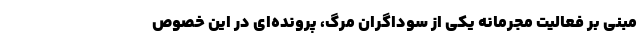
مبنی بر فعالیت مجرمانه یکی از سوداگران مرگ، پرونده‌ای در این خصوص